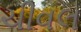
ચીવલ